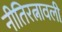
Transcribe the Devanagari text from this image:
नीतिरत्नावली